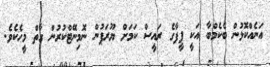
އަނެއްކޮޅުން ބެކެމްބާ އަކީ ފީފާގެ ރައީސް ކަމަށް ޔޫރަޕުން ނޮމިނޭޓްކުރުން ގާތް މީހެކެވެ.